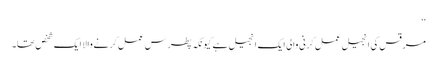
‘‘
مرقس کی انجیل عمل کرنی والی ایک انجیل ہے کیونکہ پطرس عمل کرنے والا ایک شخص تھا۔